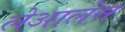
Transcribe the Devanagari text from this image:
लेआलेस